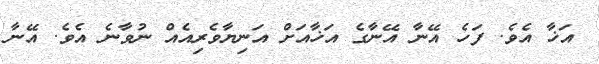
އަޚާ އެވެ. ފަހެ އޭނާ އޭނާގެ އަޚާއަށް އަނިޔާވެރިއެއް ނުވާނެ އެވެ. އޭނާ